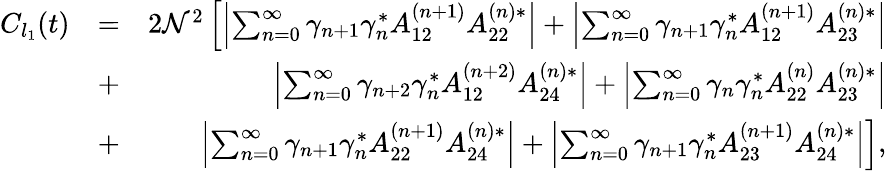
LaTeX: \begin{array}{rlr}{C_{l_{1}}(t)}&{=}&{2\mathcal{N}^{2}\left[\left|\sum_{n=0}^{\infty}\gamma_{n+1}\gamma_{n}^{*}A_{12}^{\left(n+1\right)}A_{22}^{\left(n\right)*}\right|+\left|\sum_{n=0}^{\infty}\gamma_{n+1}\gamma_{n}^{*}A_{12}^{\left(n+1\right)}A_{23}^{\left(n\right)*}\right|\right.}\\ &{+}&{\left.\left|\sum_{n=0}^{\infty}\gamma_{n+2}\gamma_{n}^{*}A_{12}^{\left(n+2\right)}A_{24}^{\left(n\right)*}\right|+\left|\sum_{n=0}^{\infty}\gamma_{n}\gamma_{n}^{*}A_{22}^{\left(n\right)}A_{23}^{\left(n\right)*}\right|\right.}\\ &{+}&{\left.\left|\sum_{n=0}^{\infty}\gamma_{n+1}\gamma_{n}^{*}A_{22}^{\left(n+1\right)}A_{24}^{\left(n\right)*}\right|+\left|\sum_{n=0}^{\infty}\gamma_{n+1}\gamma_{n}^{*}A_{23}^{\left(n+1\right)}A_{24}^{\left(n\right)*}\right|\right],}\end{array}